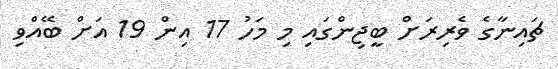
ޗައިނާގެ ވެރިރަށް ބީޖިންގައި މި މަހު 17 އިން 19 އަށް ބޭއްވި